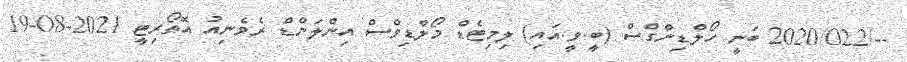
--/2020/022 ބަނީ ހޯލްޑިންގްސް (ބީ.ވީ.އައި) ލިމިޓެޑް މޯލްޑިވްސް އިންލަންޑް ރެވެނިއު އޮތޯރިޓީ 2021-08-19